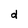
Character: d